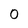
Character: 0